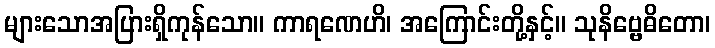
များသောအပြားရှိကုန်သော။ ကာရဏေဟိ၊ အကြောင်းတို့နှင့်။ သုနိဗ္ဗေဓိတော၊